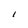
Character: I